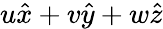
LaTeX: u\hat{x}+v\hat{y}+w\hat{z}